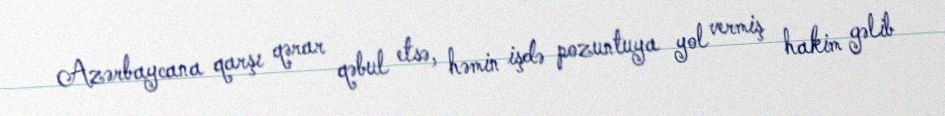
Azərbaycana qarşı qərar qəbul etsə, həmin işdə pozuntuya yol vermiş hakim gəlib